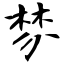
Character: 棼